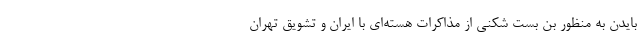
بایدن به منظور بن بست شکنی از مذاکرات هسته‌ای با ایران و تشویق تهران